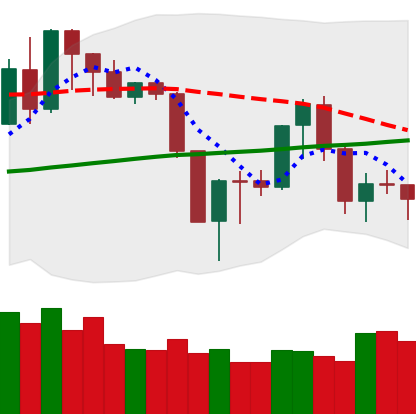
Ticker: XMR-USD
Chart end date: 2019-08-24
Forward return: -16.816%
Label: down_7plus